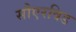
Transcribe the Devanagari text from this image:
सौएरविड